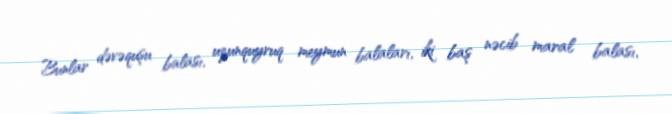
Bunlar dəvəquşu balası, uzunquyruq meymun balaları, iki baş nəcib maral balası,